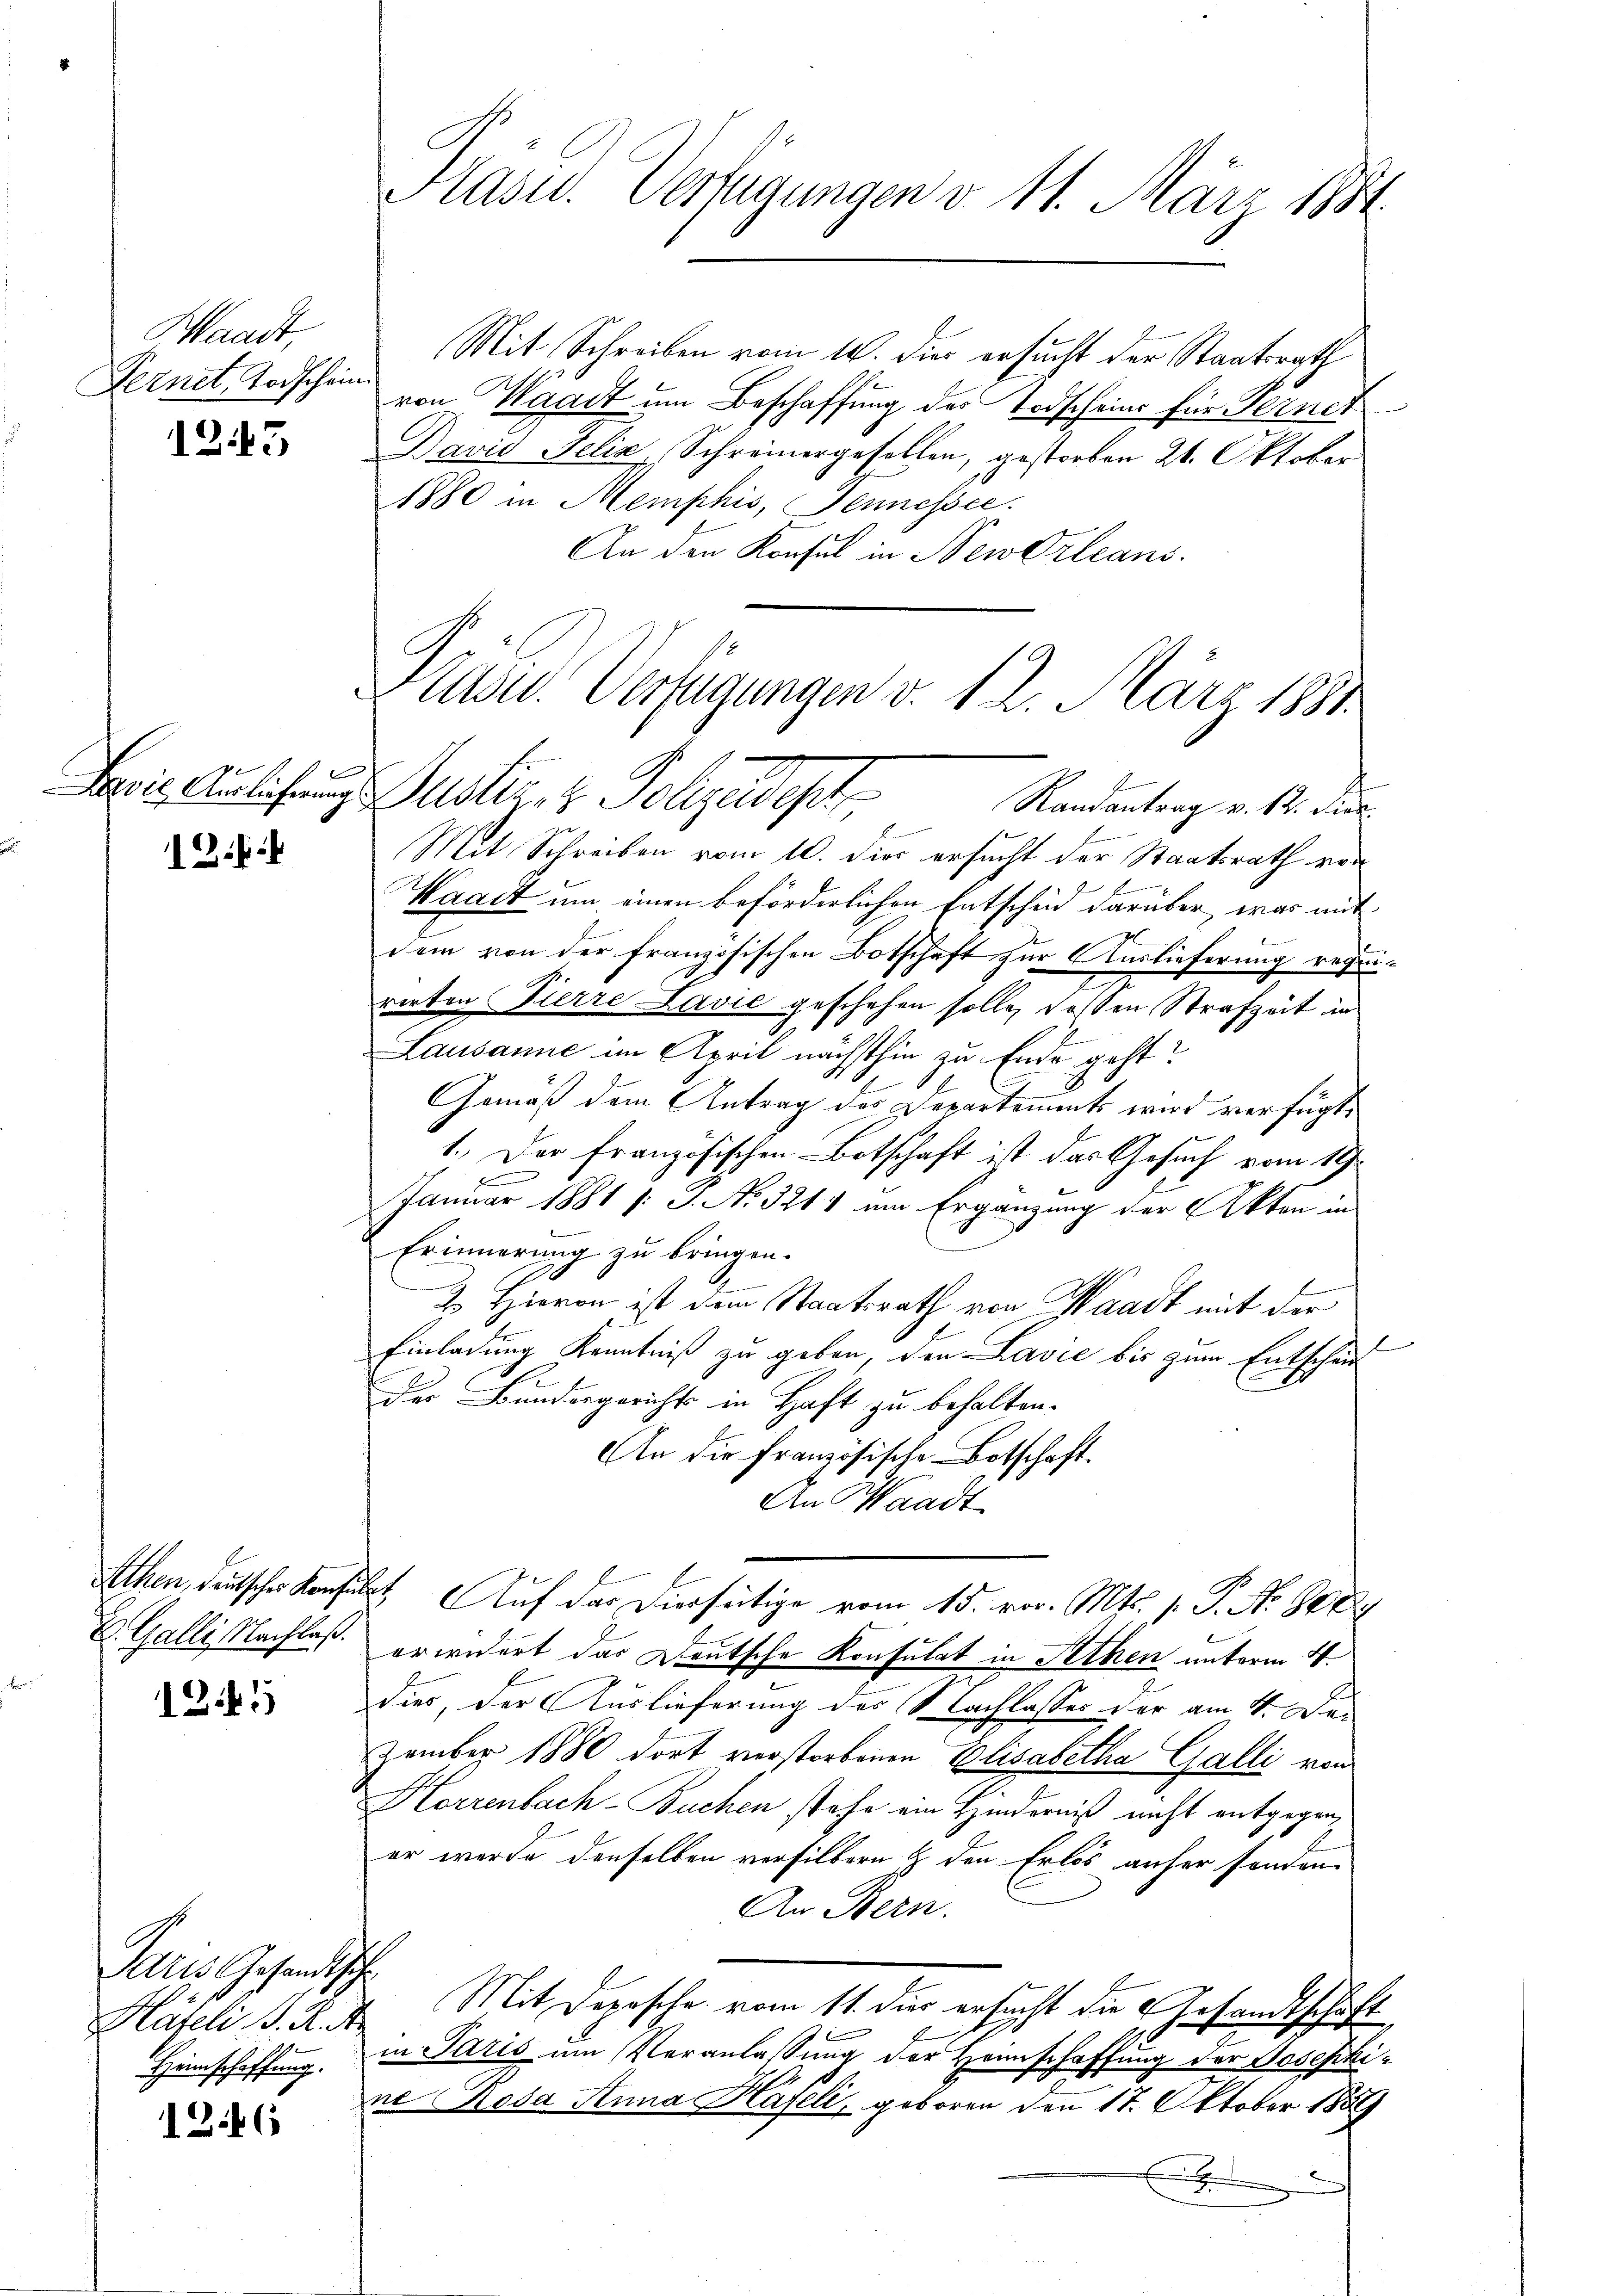
Waadt,
Fernet, Todschein

1243

12.

1245

Paris Gesandtsche
Häfeli d. R. N
Heimschaffung.

1246

Präsid. Verfügungen v. 11. März 1881.

Mit Schreiben vom 14. dies ersucht der Staatsrath
von Waadt um Beschaffung des Todscheins für Vernet
David Felix Schreinergesellen, gestorben 21. Oktober
1880 in Memphis, Sennessec.
An den Konsul in Newdrleans

Pradw. Verfügungen d. 12. März 1857
.
Bois elichung Justiz, z. Folgendest

Randantrag v. 12. dies
Mit Schreiben vom 10. dies ersucht der Staatsrath vor
2
Waadt um einen beförderlichen Entschen darüber, was mit
dem von der französischen Botschaft zur Auslieferung requirirten Pierre Lavić geschehen solle, deßen Strafzeit in
Lausanne im April nächsthin zu Ende geht?
Gemäß dem Antrag des Departements wird verfügt,
1.) Der französischen Botschaft ist das Gesuch vom 19.
cu
Januar 1881 [: P. No. 3211 um Ergänzung der Akten in
Erinnerung zu bringen.
2. Hievon ist dem Staatsrath von Waadt mit der
Einladung Kenntniß zu geben, den Lavie bis zum Entscheint
der Bundergerichts in Haft zu behalten.
An die französische Botschaft.
An Waadt-
Athen, deutscher Konsulat Auf der Dierseitige vom 15. vor. Mts. 1. P. Nr. 848
Z. Galli Nachlaß erwidert das Deutsche Konsulat in Stehen unterm 4.
dies, der Auslieferung des Nachlasses der am 4. Dezember 1880 dort verstorbenen Elisabetha Galli von
Horrenbach-Buchen stehe ein Hinderniß nicht entgegen,
er werde denselben versilbern & den Erlös anher fanden
An Bern.
Mit Depesche vom 11. dies ersucht die Gesandtschaft
in Paris um Veranlassung der Heinschaffung der Josephine Rosa Anna Häfeli, geboren den 17. Oktober 1889
.